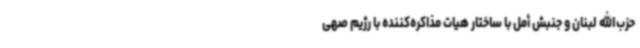
حزب‌الله لبنان و جنبش أمل با ساختار هیات مذاکره‌کننده با رژیم صهی